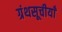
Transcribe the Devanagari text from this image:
ग्रंथसूचीयाँ